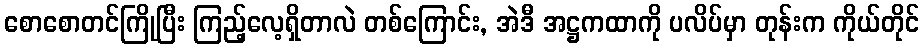
စောစောတင်ကြိုပြီး ကြည့်လေ့ရှိတာလဲ တစ်ကြောင်း, အဲဒီ အဋ္ဌကထာကို ပလိပ်မှာ တုန်းက ကိုယ်တိုင်